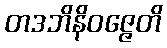
တဒဘိနိဝဇ္ဇေတိ